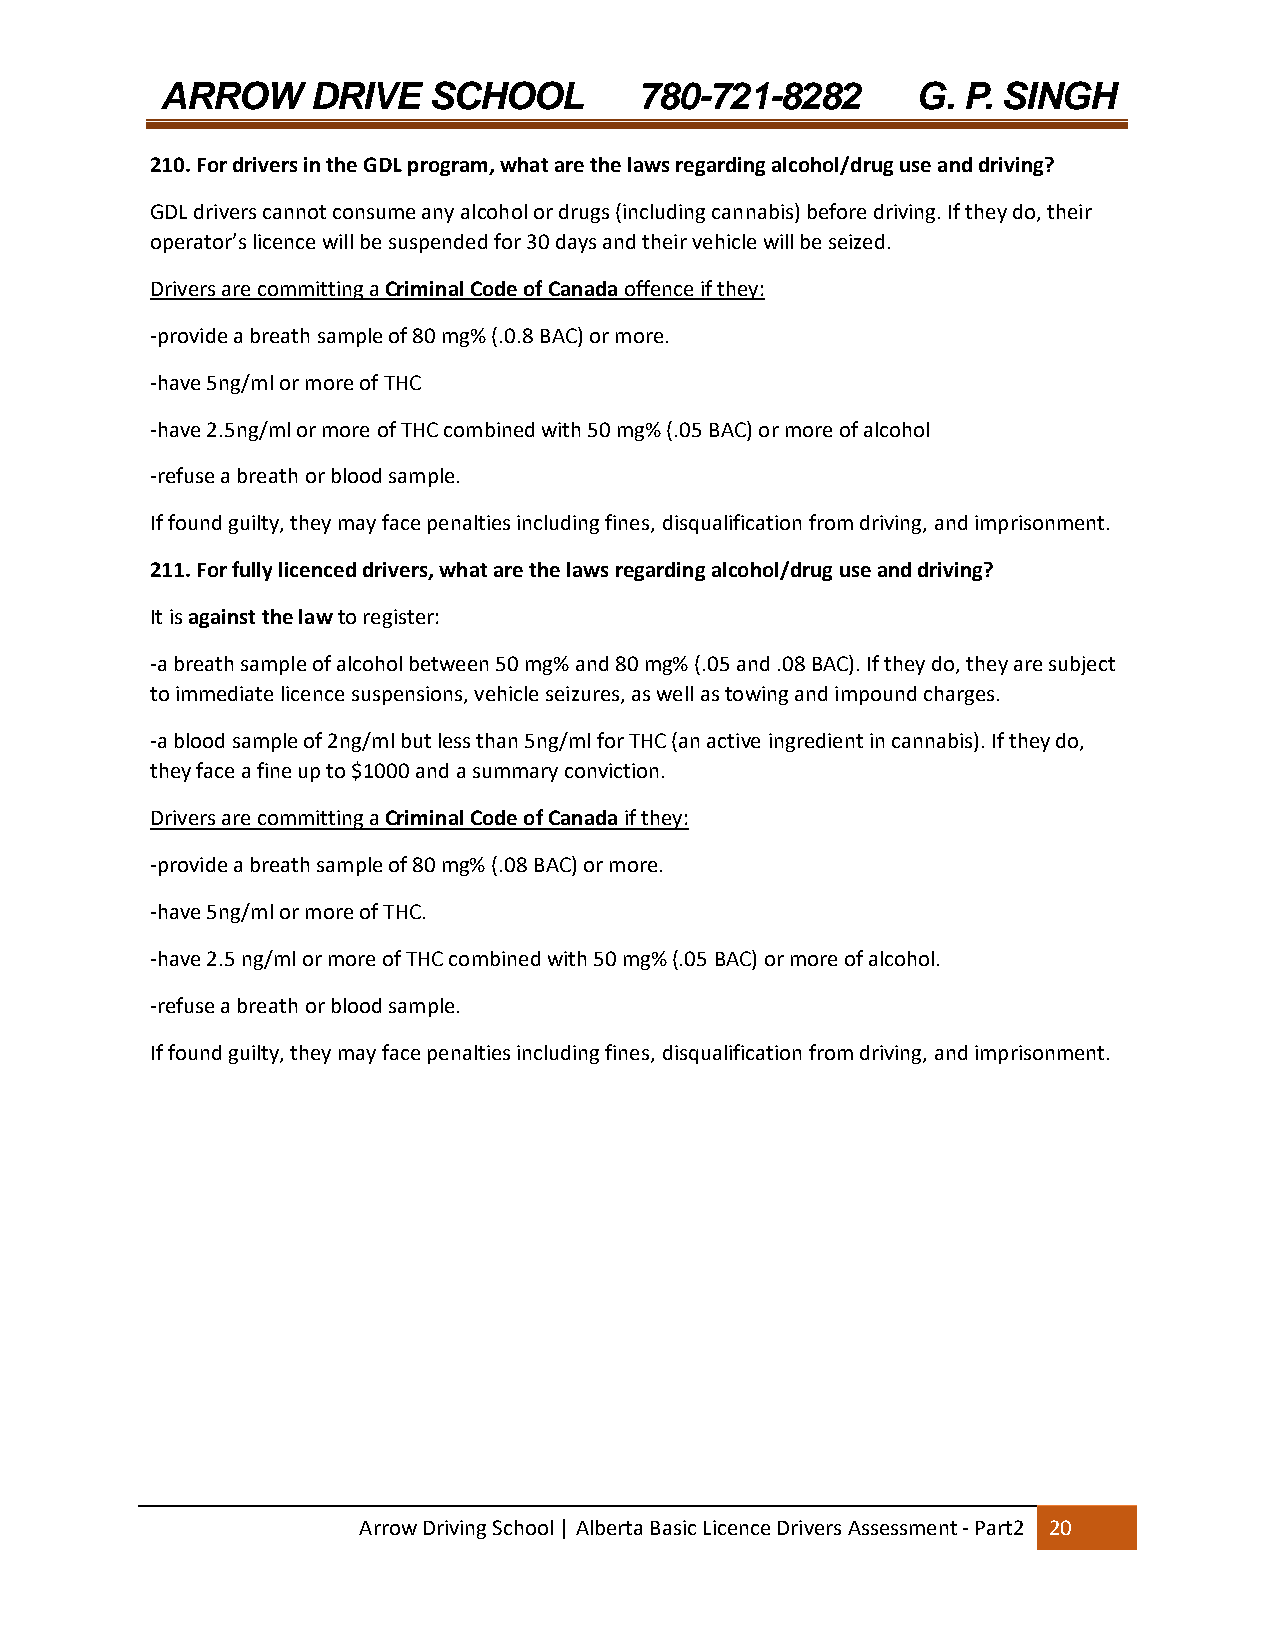
ARROW     DRIVE  SCHOOL        780-721-8282       G. P. SINGH
 210. For drivers in the GDL program, what are the laws regarding alcohol/drug use and driving?
 GDL drivers cannot consume any alcohol or drugs (including cannabis) before driving. If they do, their
 operator’s licence will be suspended for 30 days and their vehicle will be seized.
 Drivers are committing a Criminal Code of Canada offence if they:
 ‐provide a breath sample of 80 mg% (.0.8 BAC) or more.
 ‐have 5ng/ml or more of THC
 ‐have 2.5ng/ml or more of THC combined with 50 mg% (.05 BAC) or more of alcohol
 ‐refuse a breath or blood sample.
 If found guilty, they may face penalties including fines, disqualification from driving, and imprisonment.
 211. For fully licenced drivers, what are the laws regarding alcohol/drug use and driving?
 It is against the law to register:
 ‐a breath sample of alcohol between 50 mg% and 80 mg% (.05 and .08 BAC). If they do, they are subject
 to immediate licence suspensions, vehicle seizures, as well as towing and impound charges.
 ‐a blood sample of 2ng/ml but less than 5ng/ml for THC (an active ingredient in cannabis). If they do,
 they face a fine up to $1000 and a summary conviction.
 Drivers are committing a Criminal Code of Canada if they:
 ‐provide a breath sample of 80 mg% (.08 BAC) or more.
 ‐have 5ng/ml or more of THC.
 ‐have 2.5 ng/ml or more of THC combined with 50 mg% (.05 BAC) or more of alcohol.
 ‐refuse a breath or blood sample.
 If found guilty, they may face penalties including fines, disqualification from driving, and imprisonment.
 Arrow Driving School | Alberta Basic Licence Drivers Assessment ‐ Part2 20